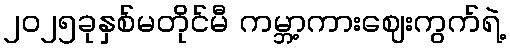
၂၀၂၅ခုနှစ်မတိုင်မီ ကမ္ဘာ့ကားဈေးကွက်ရဲ့